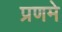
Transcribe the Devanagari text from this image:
प्रणमे